Source: Handwritten
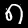
Digit: ၈ (8)